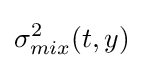
\sigma _{mix}^{2}(t,y)